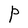
Character: P